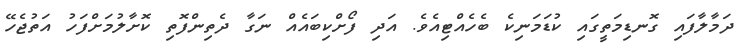
ދަމާލާފައި ގޮނޑިމަތީގައި ކުޑަމަނިކެ ބެހެއްޓިއެވެ. އަދި ފޯށްކިބައެއް ނަގާ ދެތިންފޮތި ކޮށާލުމަށްފަހު އަތުޖެހޭ